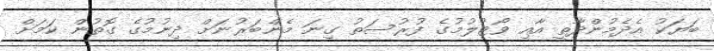
ބަޔަކު އެދެމުންދާތީ އާއި ވޯޓުލުމުގެ ފުރުސަތު ގިނަ މެންބަރުނަށް ދިނުމުގެ ގޮތުން ކަމަށް